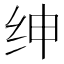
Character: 绅